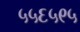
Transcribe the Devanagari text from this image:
५५६५९५